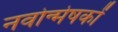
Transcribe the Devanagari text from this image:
नवोन्मेषकों